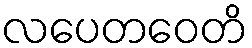
လပေတဝေတိ